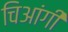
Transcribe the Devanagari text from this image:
चिआंगी